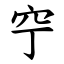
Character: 䆑